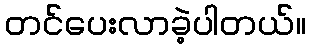
တင်ပေးလာခဲ့ပါတယ်။